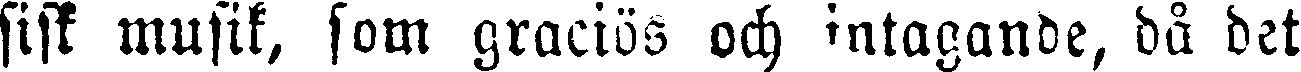
sisk musik, som graciös och intagande, då det